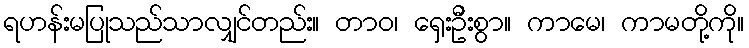
ရဟန်းမပြုသည်သာလျှင်တည်း။ တာဝ၊ ရှေးဦးစွာ။ ကာမေ၊ ကာမတို့ကို။